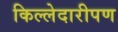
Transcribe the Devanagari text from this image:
किल्लेदारीपण